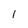
Character: l